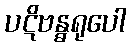
ပဋိဗန္ဓရုပေါ